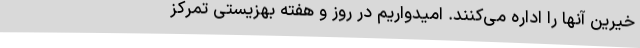
خیرین آنها را اداره می‌کنند. امیدواریم در روز و هفته بهزیستی تمرکز